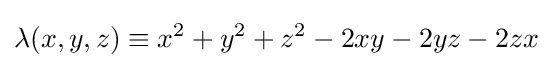
\lambda (x,y,z)\equiv x^{2}+y^{2}+z^{2}-2xy-2yz-2zx